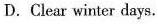
D. Clear winter days.